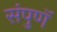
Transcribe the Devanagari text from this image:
संपुणॅ